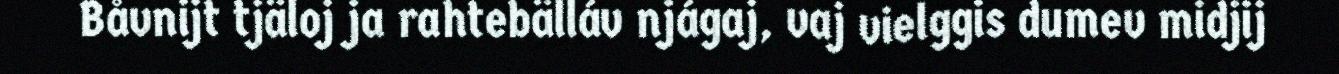
Båvnijt tjäloj ja rahtebälláv njágaj, vaj vielggis dumev midjij